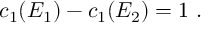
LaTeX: c _ { 1 } ( E _ { 1 } ) - c _ { 1 } ( E _ { 2 } ) = 1 \ .